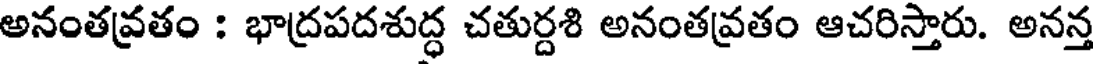
అనంతవ్రతం : భాద్రపదశుద్ధ చతుర్దశి అనంతవ్రతం ఆచరిస్తారు. అనన్త